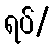
ရပ်/